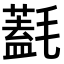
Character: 𣰛